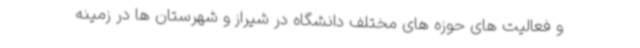
و فعالیت های حوزه های مختلف دانشگاه در شیراز و شهرستان ها در زمینه